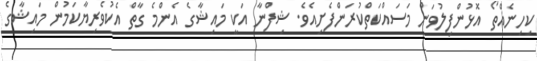
ކިހިނެއްތޯ އޮޅުންފިލުވަން މަސައްކަތްކުރަންފެށިއެވެ. ޝިފްނާ އަކީ މައިޝާގެ އެންމެ ގާތް އެކުވެރިޔާކަމުން މައިޝާގެ